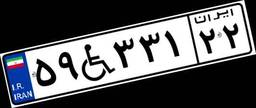
۵۹W۳۳۱۲۲